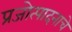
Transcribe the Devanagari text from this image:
प्रजोत्पादनाचे